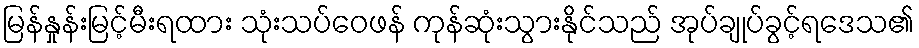
မြန်နှုန်းမြင့်မီးရထား သုံးသပ်ဝေဖန် ကုန်ဆုံးသွားနိုင်သည် အုပ်ချုပ်ခွင့်ရဒေသ၏